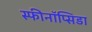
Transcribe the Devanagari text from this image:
स्फीनॉप्सिडा